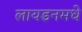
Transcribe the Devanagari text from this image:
लायडनमधे